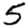
Digit: 5